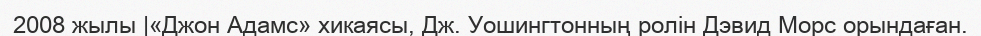
2008 жылы |«Джон Адамс» хикаясы, Дж. Уошингтонның ролін Дэвид Морс орындаған.